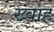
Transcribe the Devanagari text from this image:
ख्वाह